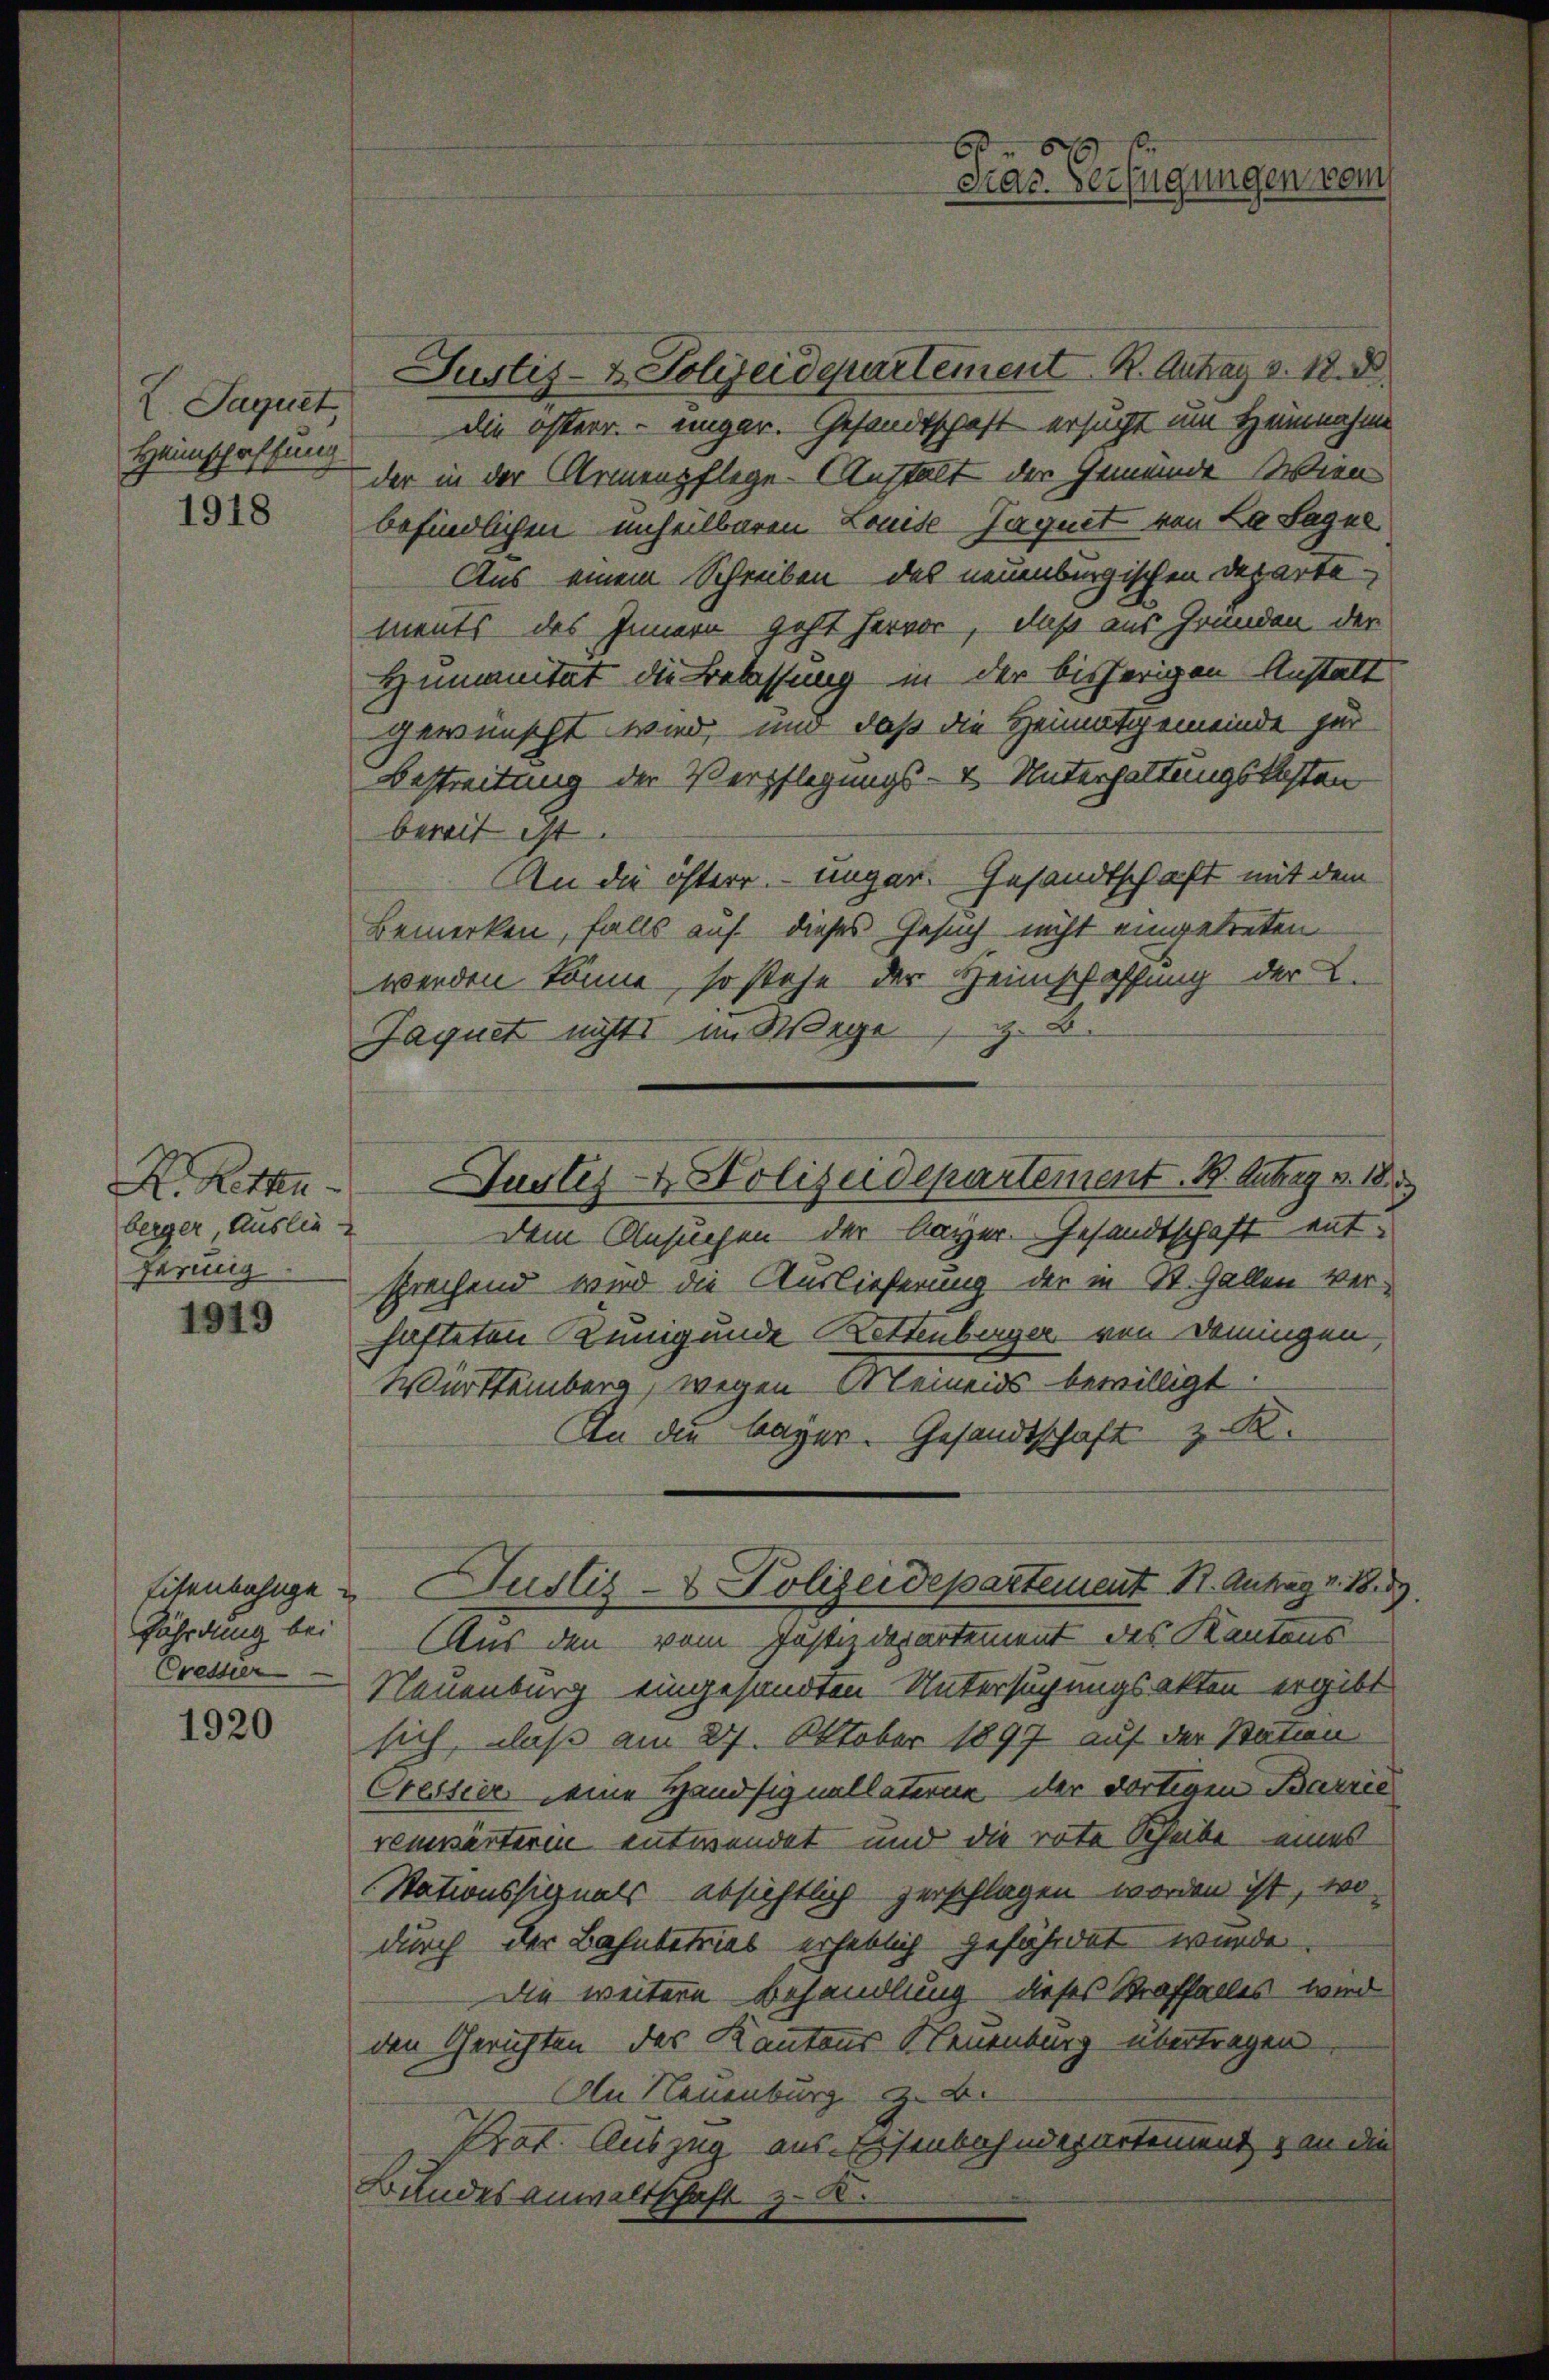
X. Saguet
Heimschaffung

1918

berger, Auslie
ferung

1919

Cresser

1920

Justiz- & Polizeidepartement. B. Antrag v. 18. D
die öfterr. - einger. Gesandtschaft ersucht um Hannahme
der in der Armenpflege. Anstalt der Gemünde Wien
befindlichen unheilbaren Louise-Jaquet von La Sagne
Aus einem Schreiben des neuenburgischen Departements des Innern geht hervor, daß aus Gründen der
Humanität die Belassung in der bisherigen Anstalt
gewünscht wird, und daß die Heimatgemeinde zur
Bestreitung der Verpflegungs- & Unterhaltungskosten
bereit ist.
An die österr. unger. Gesandtschaft mit dem
Bemerken, falls auf dieses Gesuch nicht eingetreten
werden könne, so stehe der Heimschaffung der L.
Jaquet nichts im Wege z. B.
Dem Ansuchen der Kayer. Gesandtschaft entsprechend wird die Auslieferung der in St. Gallen ver-
hafteten Kunigunde Rettenberger von deningen,
Württemberg, wegen Meinends bewilligt.
An die bayer. Gesandtschaft z. R.
Eisenbahnge u Justiz- & Polizeidepartement 11. Antrag v. 1889.
fährdung bei Aus den vom Justizdepartement des Kantons
Neuenburg eingesandten Untersuchungsakten ergibt
sich, daß am 27. Oktober 1897 auf der Station
Creisier eine Handsignallaterne der dortigen Barrie
renwärterin entwendet und die rote Scheibe eines
Stationssignals absichtlich zerschlagen worden ist, wo
durch der Bahnbetries erheblich gefährdet wurde.
Die weitere Behandlung dieses Straffalles wird
den Gerichten des Kantons Neuenburg übertragen
An Neuenburg z. B.
Prat. Auszug aus Eisenbahndepartement & an die
Bundesanwaltschaft z

H. Ritten Justiz- & Polizeidepartement. B. Antrag v. 18. 3

b
Draz. Verfügungen dem